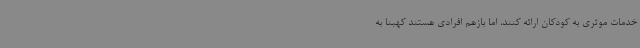
خدمات موثری به کودکان ارائه کنند، اما بازهم افرادی هستند کهبنا به